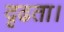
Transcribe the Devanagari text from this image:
दृढता।